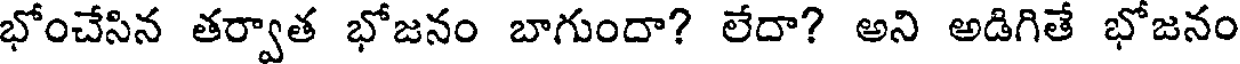
భోంచేసిన తర్వాత భోజనం బాగుందా? లేదా? అని అడిగితే భోజనం